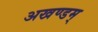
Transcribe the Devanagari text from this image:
अखण्डम्